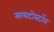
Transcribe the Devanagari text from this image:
सायटोस्टॉल